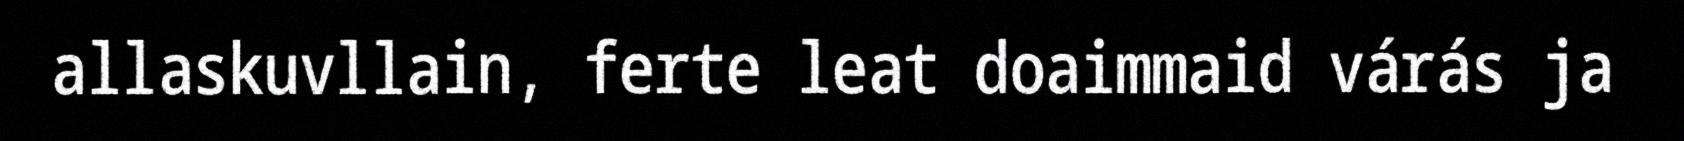
allaskuvllain, ferte leat doaimmaid várás ja